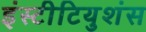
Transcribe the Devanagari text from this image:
इंस्टीटियुशंस